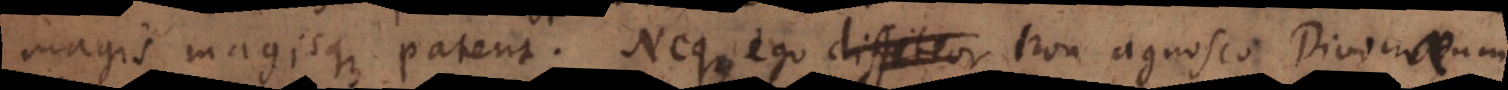
magis magisque patent. Neque ego diffiteor non agnosco Divinorum